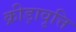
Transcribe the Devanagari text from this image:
क्रीड़ावृत्ति